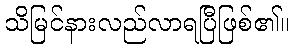
သိမြင်နားလည်လာရပြီဖြစ်၏။